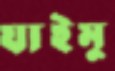
যাইমু